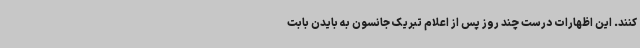
کنند. این اظهارات درست چند روز پس از اعلام تبریک جانسون به بایدن بابت